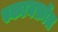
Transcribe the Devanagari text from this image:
स्कायफ़ॉल